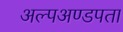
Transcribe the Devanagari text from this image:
अल्पअण्डपता